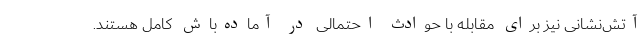
آتش‌نشانی نیز برای مقابله با حوادث احتمالی در آماده‌باش کامل هستند.